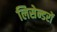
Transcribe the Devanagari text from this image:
लिसेन्डरों